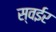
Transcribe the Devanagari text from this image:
स्वईर